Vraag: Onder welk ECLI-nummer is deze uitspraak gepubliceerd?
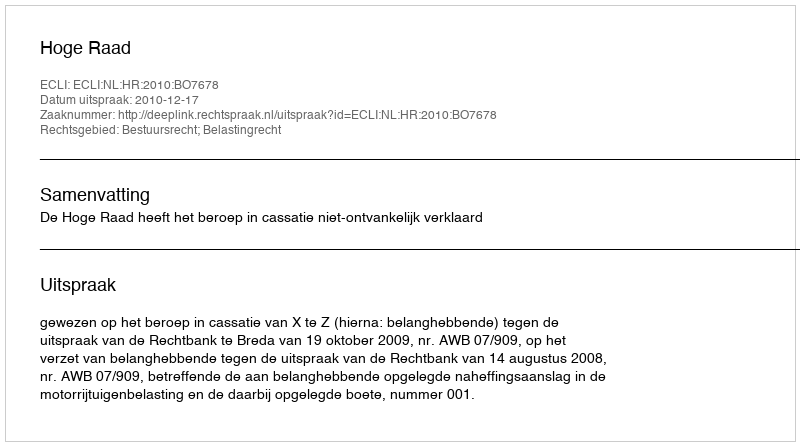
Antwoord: ECLI:NL:HR:2010:BO7678